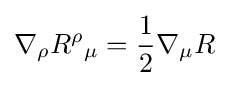
\nabla _{\rho }{R^{\rho }}_{\mu }={1 \over 2}\nabla _{\mu }R